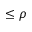
\le \rho